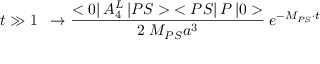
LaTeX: t \gg 1 \; \; \rightarrow { \frac { < 0 | \, A _ { 4 } ^ { L } \, | P S > \; < P S | \, { \cal P } \, | 0 > } { 2 \; M _ { P S } a ^ { 3 } } } \; e ^ { - M _ { P S } \cdot t }